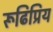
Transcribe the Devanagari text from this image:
रूढिप्रिय